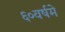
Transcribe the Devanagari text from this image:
६०वर्षमे